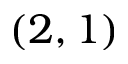
( 2 , 1 )